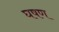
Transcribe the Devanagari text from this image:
घषण